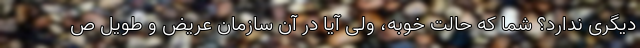
دیگری ندارد؟ شما که حالت خوبه، ولی آیا در آن سازمان عریض و طویل ص